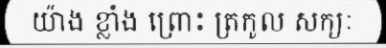
យ៉ាង ខ្លាំង ព្រោះ ត្រកូល សក្យៈ